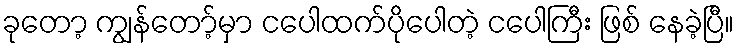
ခုတော့ ကျွန်တော့်မှာ ငပေါထက်ပိုပေါတဲ့ ငပေါကြီး ဖြစ် နေခဲ့ပြီ။